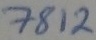
Text: 7812